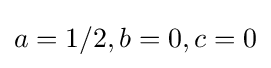
a=1/2,b=0,c=0